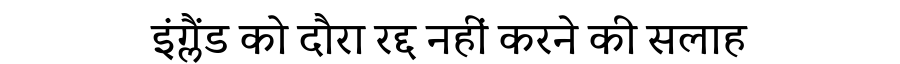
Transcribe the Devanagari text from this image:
इंग्लैंड को दौरा रद्द नहीं करने की सलाह